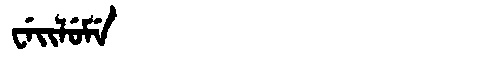
Manchu: ᠸᡝᡳᠯᡠᠮᡝ
Romanization: WEILUME